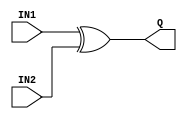
`timescale 1ns/1ps
`celldefine
module XOR2X1 (IN1, IN2, Q);
input IN1;
input IN2;
output Q;

xor U0 (Q, IN1, IN2);

specify
specparam
tdelay_IN1_Q_01_0=0.01,
tdelay_IN1_Q_10_0=0.01,
tdelay_IN2_Q_01_0=0.01,
tdelay_IN2_Q_10_0=0.01;

(IN1 => Q)=(tdelay_IN1_Q_01_0, tdelay_IN1_Q_10_0);
(IN2 => Q)=(tdelay_IN2_Q_01_0, tdelay_IN2_Q_10_0);
endspecify
endmodule
`endcelldefine